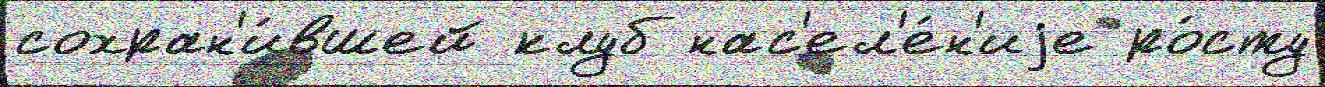
сохран'и́вшей клуб нас'ел'е́н'иjе ро́сту